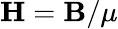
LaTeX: {\mathbf H}={\mathbf B}/\mu